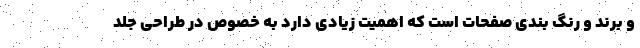
و برند و رنگ بندی صفحات است که اهمیت زیادی دارد به خصوص در طراحی جلد